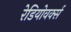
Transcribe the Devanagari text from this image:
रेडियोवर्क्स